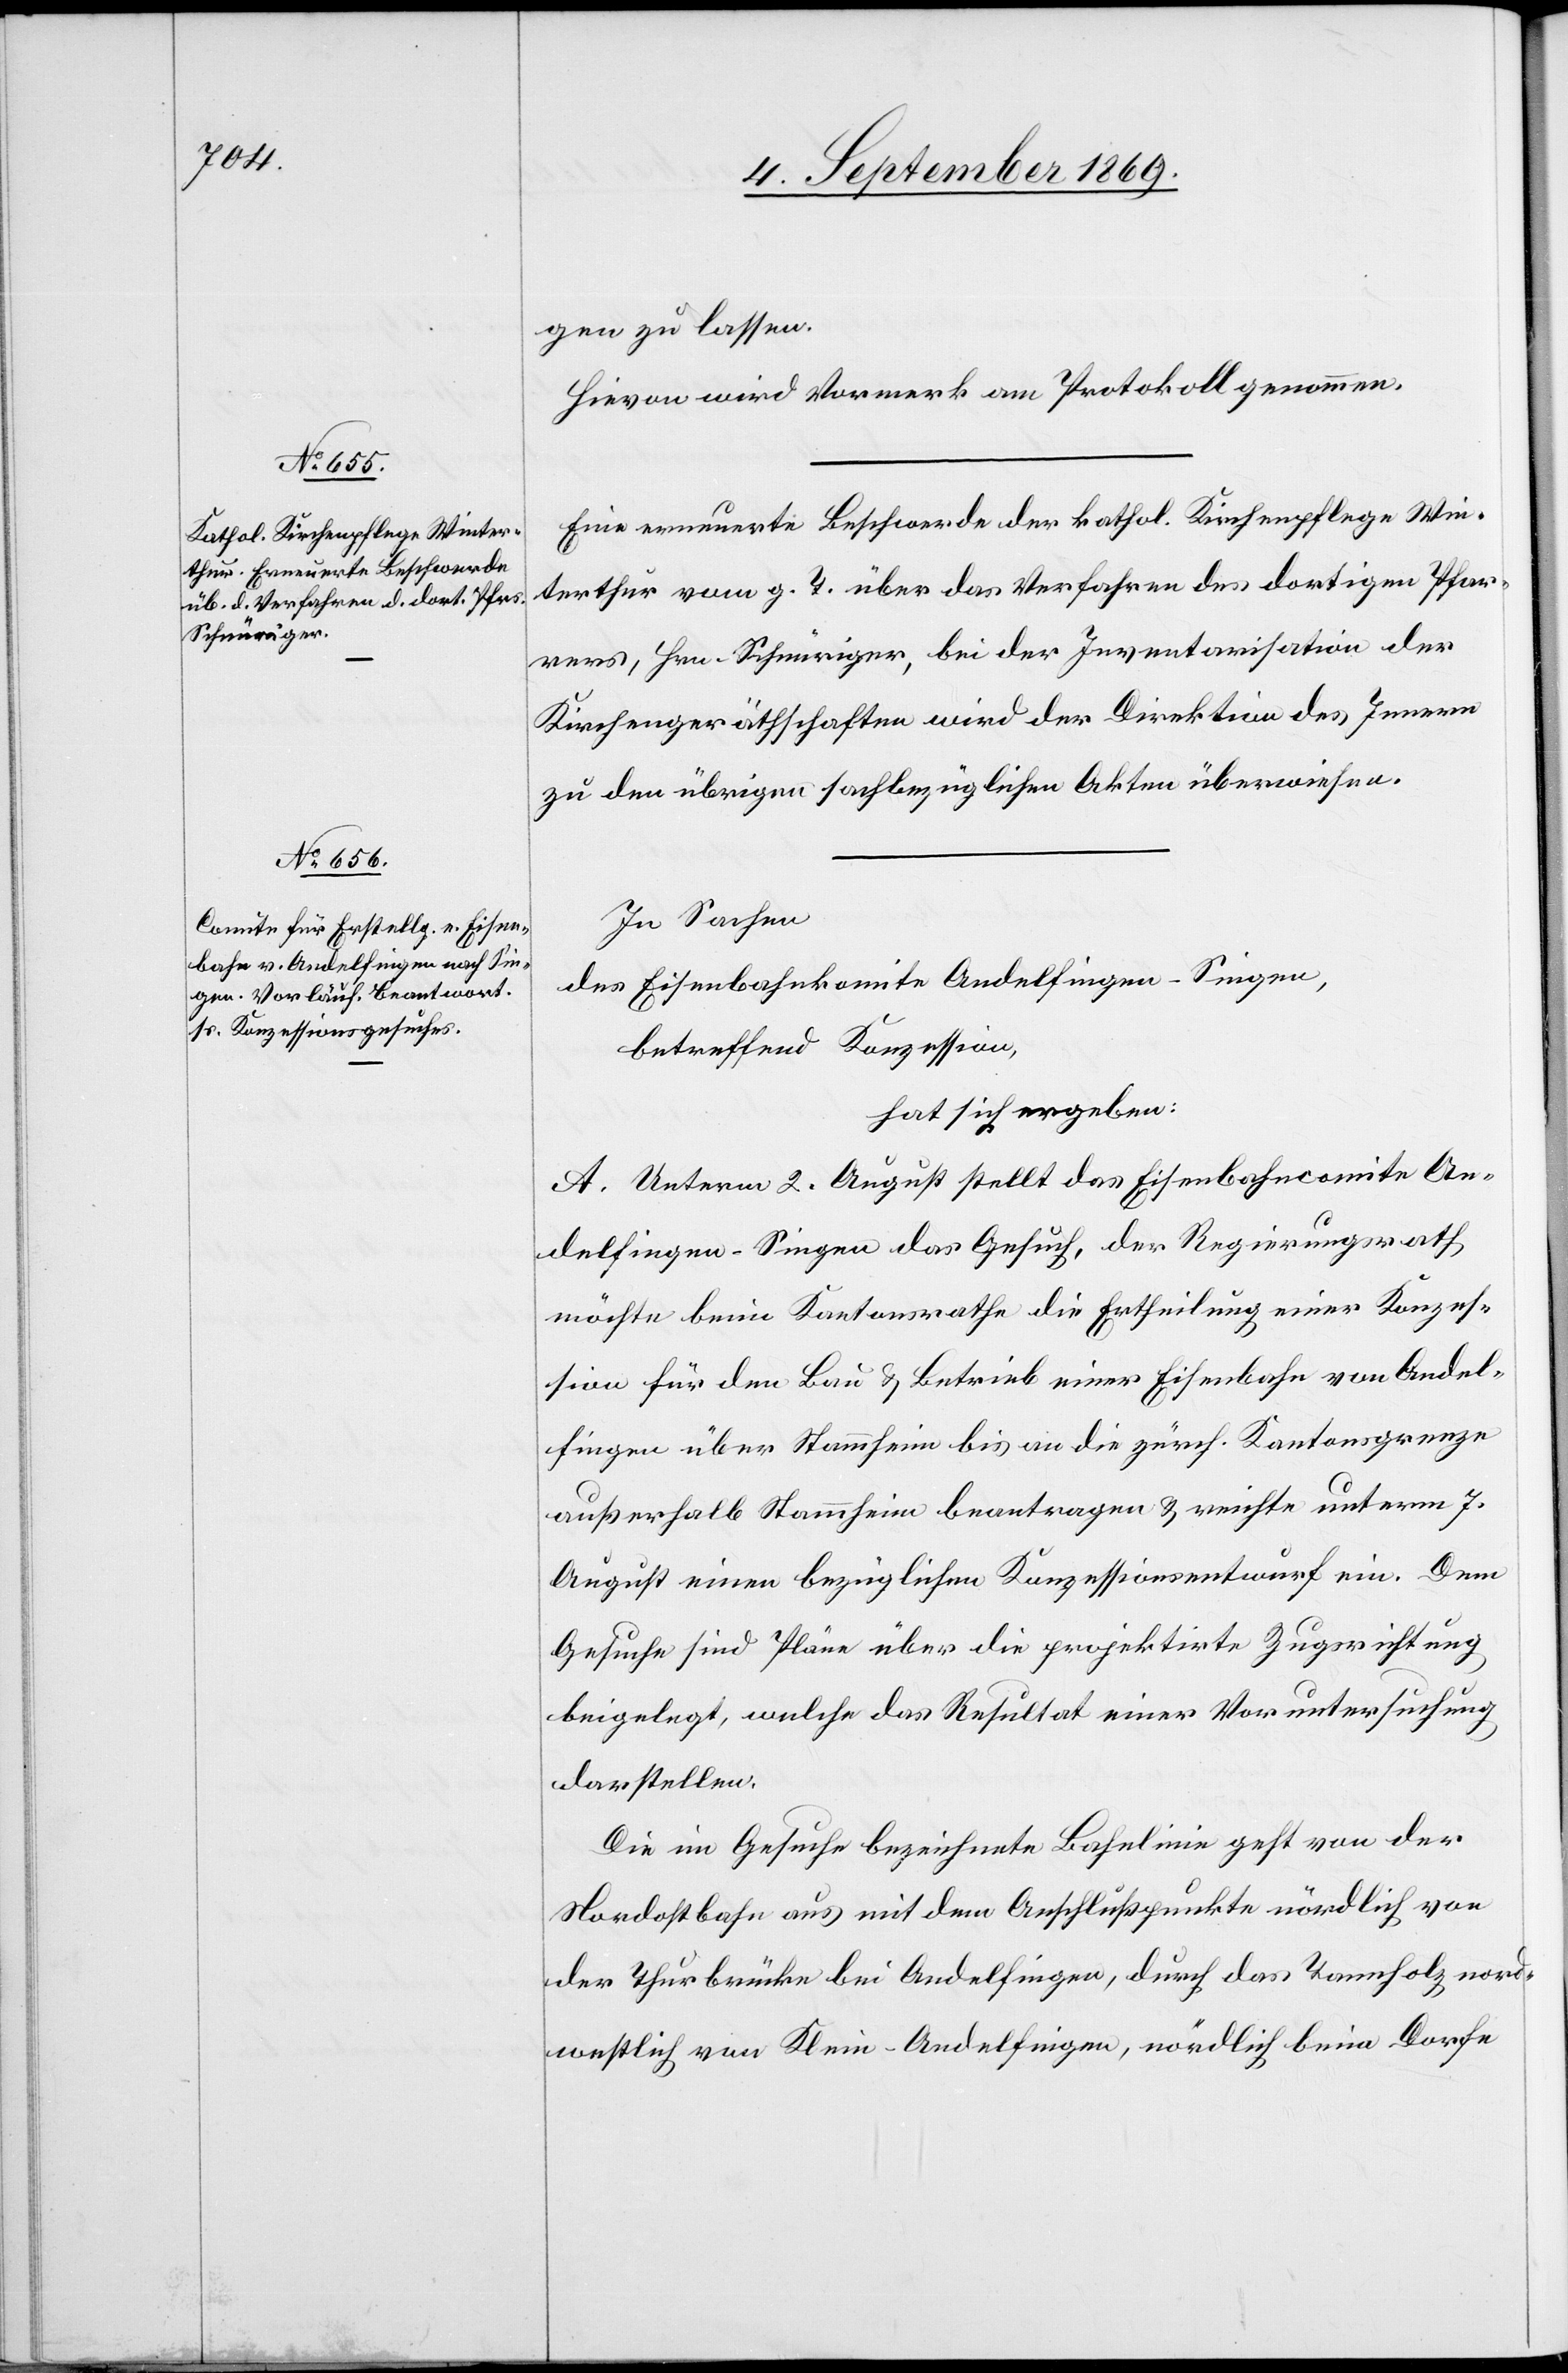
gen zu lassen.
Hievon wird Vormerk am Protokoll genommen.
Eine erneuerte Beschwerde der kathol. Kirchenpflege Win¬
terthur vom g. T. über das Verfahren des dortigen Pfar¬
rers, Hrn. Schnüriger, bei der Inventarisation der
Kirchengeräthschaften wird der Direktion des Innern
zu den übrigen sachbezüglichen Akten überwiesen.
In Sachen
des Eisenbahnkomite Andelfingen–Singen,
betreffend Konzession,
hat sich ergeben:
A. Unterm 2. August stellt das Eisenbahncomite An¬
delfingen–Singen das Gesuch, der Regierungsrath
möchte beim Kantonsrathe die Ertheilung einer Konzes¬
sion für den Bau & Betrieb einer Eisenbahn von Andel¬
fingen über Stammheim bis an die zürch. Kantonsgrenze
außerhalb Stammheim beantragen & reichte unterm 7.
August einen bezüglichen Konzessionsentwurf ein. Dem
Gesuche sind Pläne über die projektirte Zugsrichtung
beigelegt, welche das Resultat einer Voruntersuchung
darstellen.
Die im Gesuche bezeichnete Bahnlinie geht von der
Nordostbahn aus mit dem Anschlußpunkte nördlich von
der Thurbrücke bei Andelfingen, durch das Tannholz nord¬
westlich von Klein-Andelfingen, nördlich beim Dorfe